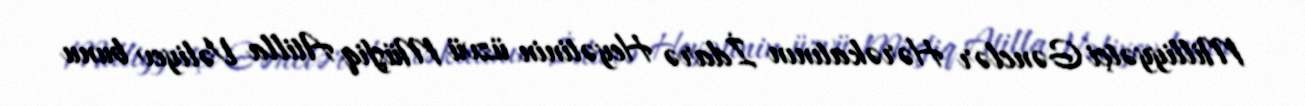
Milliyyətçi Gənclər Hərəkatının İdarə Heyətinin üzvü Müşfiq Atilla Vəliyev bunu